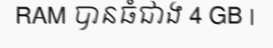
RAM បានធំជាង 4 GB |